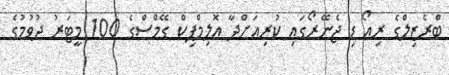
ބްރެޒިލްގެ ރިއޯ ޑި ޖެނޭރޯގައި ކުރިއަށްދާ އޮލިމްޕިކް ގޭމްސްގެ 100 މީޓަރު ދުވުމުގެ